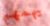
يهمهم